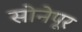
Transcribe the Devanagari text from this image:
सोनेपूर